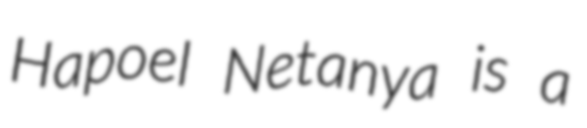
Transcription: Hapoel Netanya is a